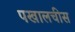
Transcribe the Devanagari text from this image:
पखालचीस